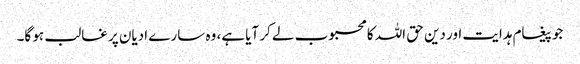
جو پیغام ہدایت اور دین حق اللہ کا محبوب لے کر آیا ہے، وہ سارے ادیان پر غالب ہو گا۔